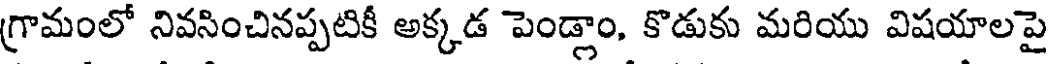
గ్రామంలో నివసించినప్పటికీ అక్కడ పెండ్లాం, కొడుకు మరియు విషయాలపై